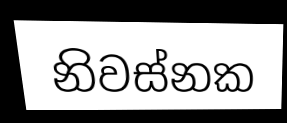
නිවස්නක